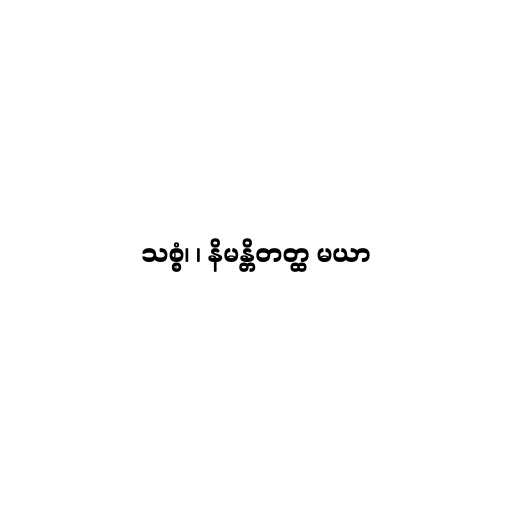
သစ္စံ၊ ၊ နိမန္တိတတ္ထ မယာ